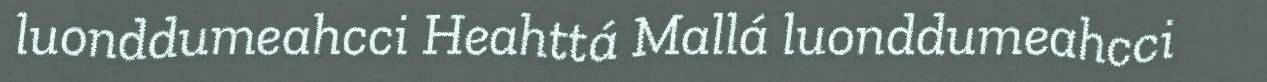
luonddumeahcci Heahttá Mallá luonddumeahcci